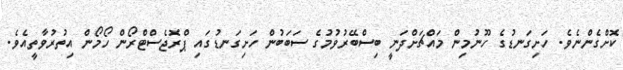
ކޮށްގެންނެވެ. ހަށިގަނޑުގެ ހޫނުމިން މައްޗަށްދަނީ ބިސްބޭރުވުމުގެ ސަބަބުން ހަށިގަނޑުގައި ޕްރޮޖެސްޓްރޯން ހޯމޯން އިތުރުވާތީއެވެ.